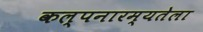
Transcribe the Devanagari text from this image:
कल्पनारम्यतेला